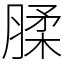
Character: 腬